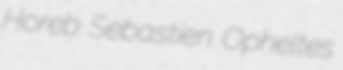
Horeb Sebastien Opheltes